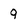
Character: 9